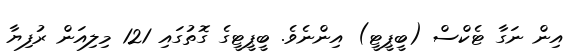
އިން ނަގާ ޓެކްސް (ބީޕީޓީ) އިންނެވެ. ބީޕީޓީގެ ގޮތުގައި 121 މިލިއަން ރުފިޔާ